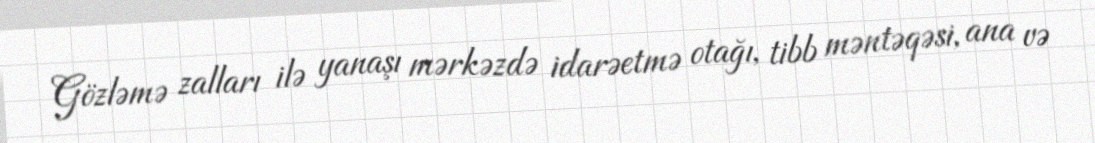
Gözləmə zalları ilə yanaşı mərkəzdə idarəetmə otağı, tibb məntəqəsi, ana və